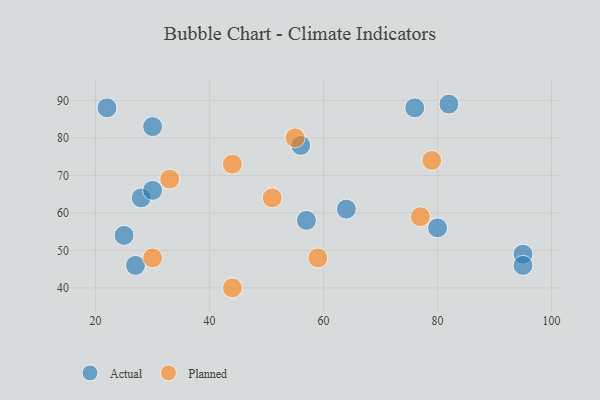
{"axis": {"x": "GDP", "y": "Life Expectancy"}, "legend": ["Actual", "Planned"], "data": [{"x": "82", "y": 89, "type": "Actual"}, {"x": "57", "y": 58, "type": "Actual"}, {"x": "28", "y": 64, "type": "Actual"}, {"x": "64", "y": 61, "type": "Actual"}, {"x": "30", "y": 66, "type": "Actual"}, {"x": "95", "y": 49, "type": "Actual"}, {"x": "80", "y": 56, "type": "Actual"}, {"x": "56", "y": 78, "type": "Actual"}, {"x": "25", "y": 54, "type": "Actual"}, {"x": "76", "y": 88, "type": "Actual"}, {"x": "95", "y": 46, "type": "Actual"}, {"x": "22", "y": 88, "type": "Actual"}, {"x": "30", "y": 83, "type": "Actual"}, {"x": "27", "y": 46, "type": "Actual"}, {"x": "44", "y": 73, "type": "Planned"}, {"x": "55", "y": 80, "type": "Planned"}, {"x": "51", "y": 64, "type": "Planned"}, {"x": "33", "y": 69, "type": "Planned"}, {"x": "77", "y": 59, "type": "Planned"}, {"x": "30", "y": 48, "type": "Planned"}, {"x": "59", "y": 48, "type": "Planned"}, {"x": "79", "y": 74, "type": "Planned"}, {"x": "44", "y": 40, "type": "Planned"}]}